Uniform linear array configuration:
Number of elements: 8
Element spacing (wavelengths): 1
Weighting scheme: uniform
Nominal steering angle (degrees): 0
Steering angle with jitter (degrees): -0.3198
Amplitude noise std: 0.05
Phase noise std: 0.05

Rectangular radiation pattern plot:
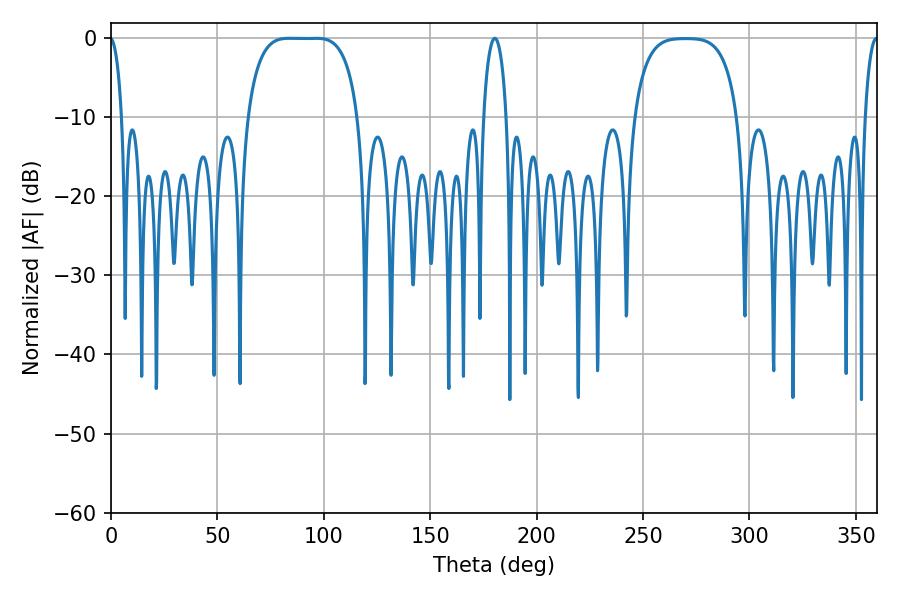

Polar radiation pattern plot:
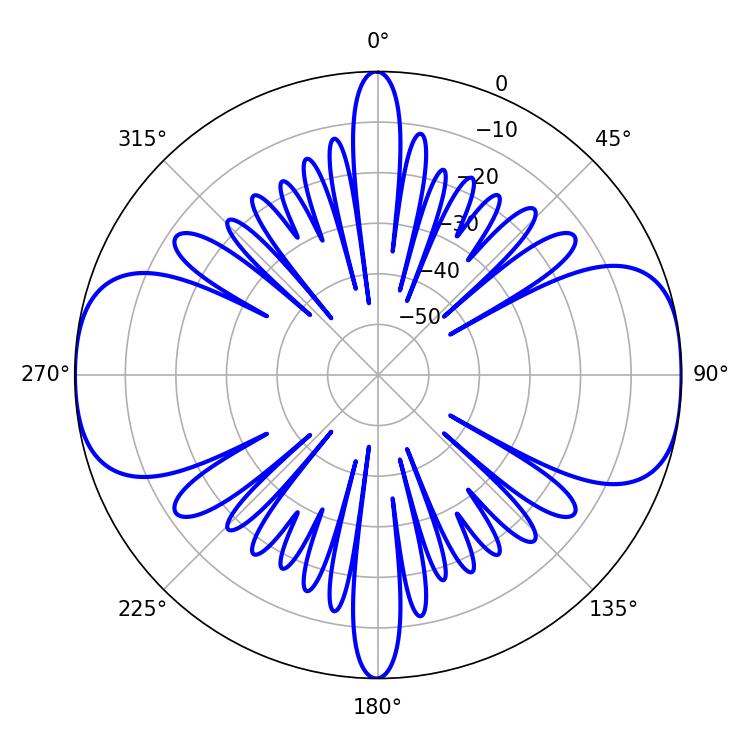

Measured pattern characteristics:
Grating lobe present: TRUE
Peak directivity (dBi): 14.205
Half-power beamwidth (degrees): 39.96
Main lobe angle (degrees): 83.7